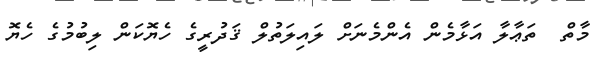
މާތް  ތަޢާލާ އަޅާމެން އެންމެނަށް ލައިލަތުލް ޤަދުރީގެ ހެޔޮކަން ލިބުމުގެ ހެޔޮ